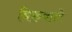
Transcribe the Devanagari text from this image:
बिरुवाले